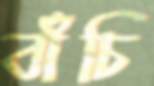
বাঁচি